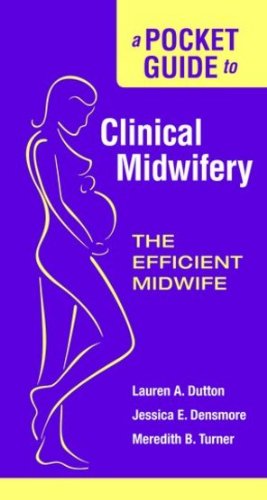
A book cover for A Pocket Guide to Clinical Midwifery: The Efficient Midwife; Lauren Dutton; Medical Books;